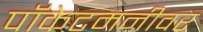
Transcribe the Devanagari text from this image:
पॉकेटमनीवर